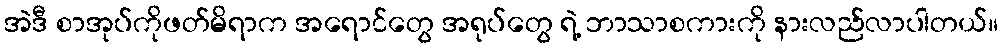
အဲဒီ စာအုပ်ကိုဖတ်မိရာက အရောင်တွေ အရုပ်တွေ ရဲ့ ဘာသာစကားကို နားလည်လာပါတယ်။